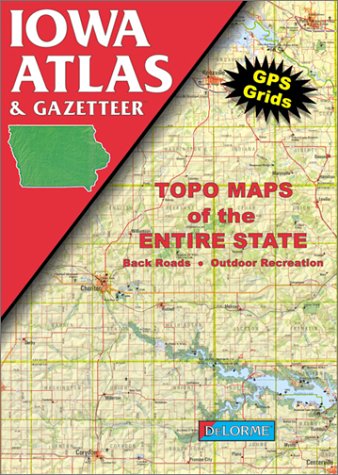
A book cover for Iowa Atlas & Gazetteer; Delorme Publishing Company; Travel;